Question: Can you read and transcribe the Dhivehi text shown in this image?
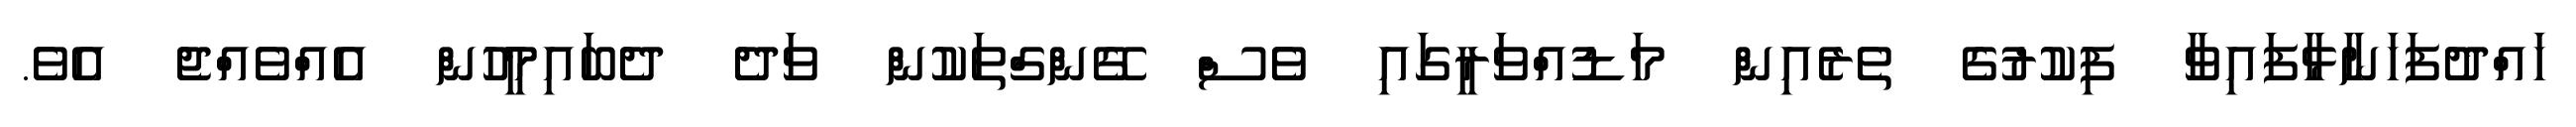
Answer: ހައްދުފަހަނާޅާފައިވާ ފިކުރުގެ ތެރެއިން މަޑުއްވަރީގައި ވެސް ގޭންގްތަކުން ވަދެ ދެބައިމީހުން އެއްވެއްޖެ އެވެ.